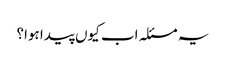
یہ مسئلہ اب کیوں پیدا ہوا؟